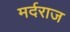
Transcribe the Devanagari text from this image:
मर्दराज